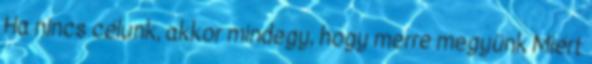
Ha nincs célunk, akkor mindegy, hogy merre megyünk Miért